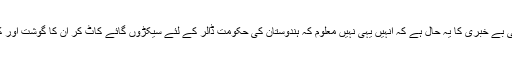
آر ایس ایس کے رہنما کی بے خبری کا یہ حال ہے کہ انہیں یہی نہیں معلوم کہ ہندوستان کی حکومت ڈالر کے لئے سیکڑوں گائے کاٹ کر ان کا گوشت اور کھالیں باہر بھیج رہی ہے۔